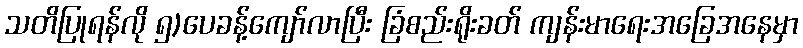
သတိပြုရန်လို ၅)ပေခန့်ကျော်လာပြီး ခြံစည်းရိုးခတ် ကျန်းမာရေးအခြေအနေမှာ